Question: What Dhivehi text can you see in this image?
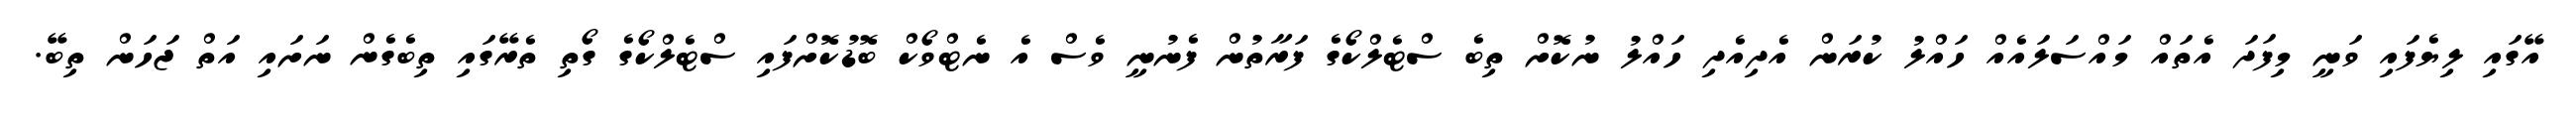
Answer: އޭގައި ލިޔެފައި ވަނީ މިފަދަ އެތައް މައްސަލައެއް ހައްލު ކުރަން އެދިއެދި ހައްލު ނުކޮށް ތިބެ ސްޓެލްކޯގެ ފަރާތުން ފެނުނީ ވެސް އެ ނެޓްވޯކް ބޮޑުކޮށްފައި ސްޓެލްކޯގެ ގޯތި ތެރޭގައި ތިބެގެން ނަށައި އަތް ޖަހަން ތިބޭ.